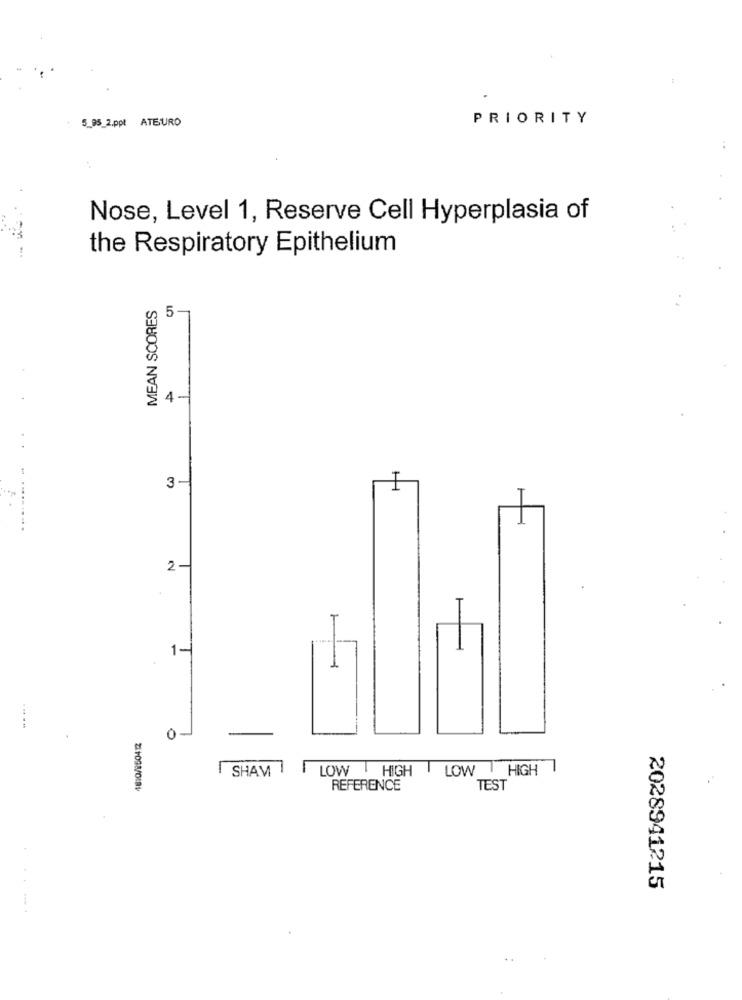
5_95_2.ppt ATEURO
PRIORITY
Nose, Level 1, Reserve Cell Hyperplasia of
the Respiratory Epithelium
MEAN SCORES
5
4-
3-
2-
1-
0 -
SHAM
LOW HIGH
LOW HIGH
REFERENCE
TEST
2028941215